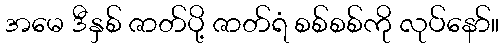
အမေ ဒီနှစ် ဇာတ်ပို့ ဇာတ်ရံ စစ်စစ်ကို လုပ်နော်။